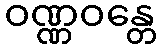
ဝဏ္ဏဝန္တေ